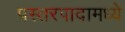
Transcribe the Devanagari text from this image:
प्रस्तरपादामध्ये